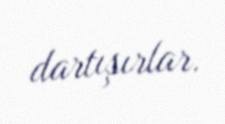
dartışırlar.